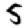
Digit: 5